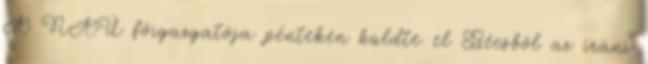
A NAÜ főigazgatója pénteken küldte el Bécsből az iráni